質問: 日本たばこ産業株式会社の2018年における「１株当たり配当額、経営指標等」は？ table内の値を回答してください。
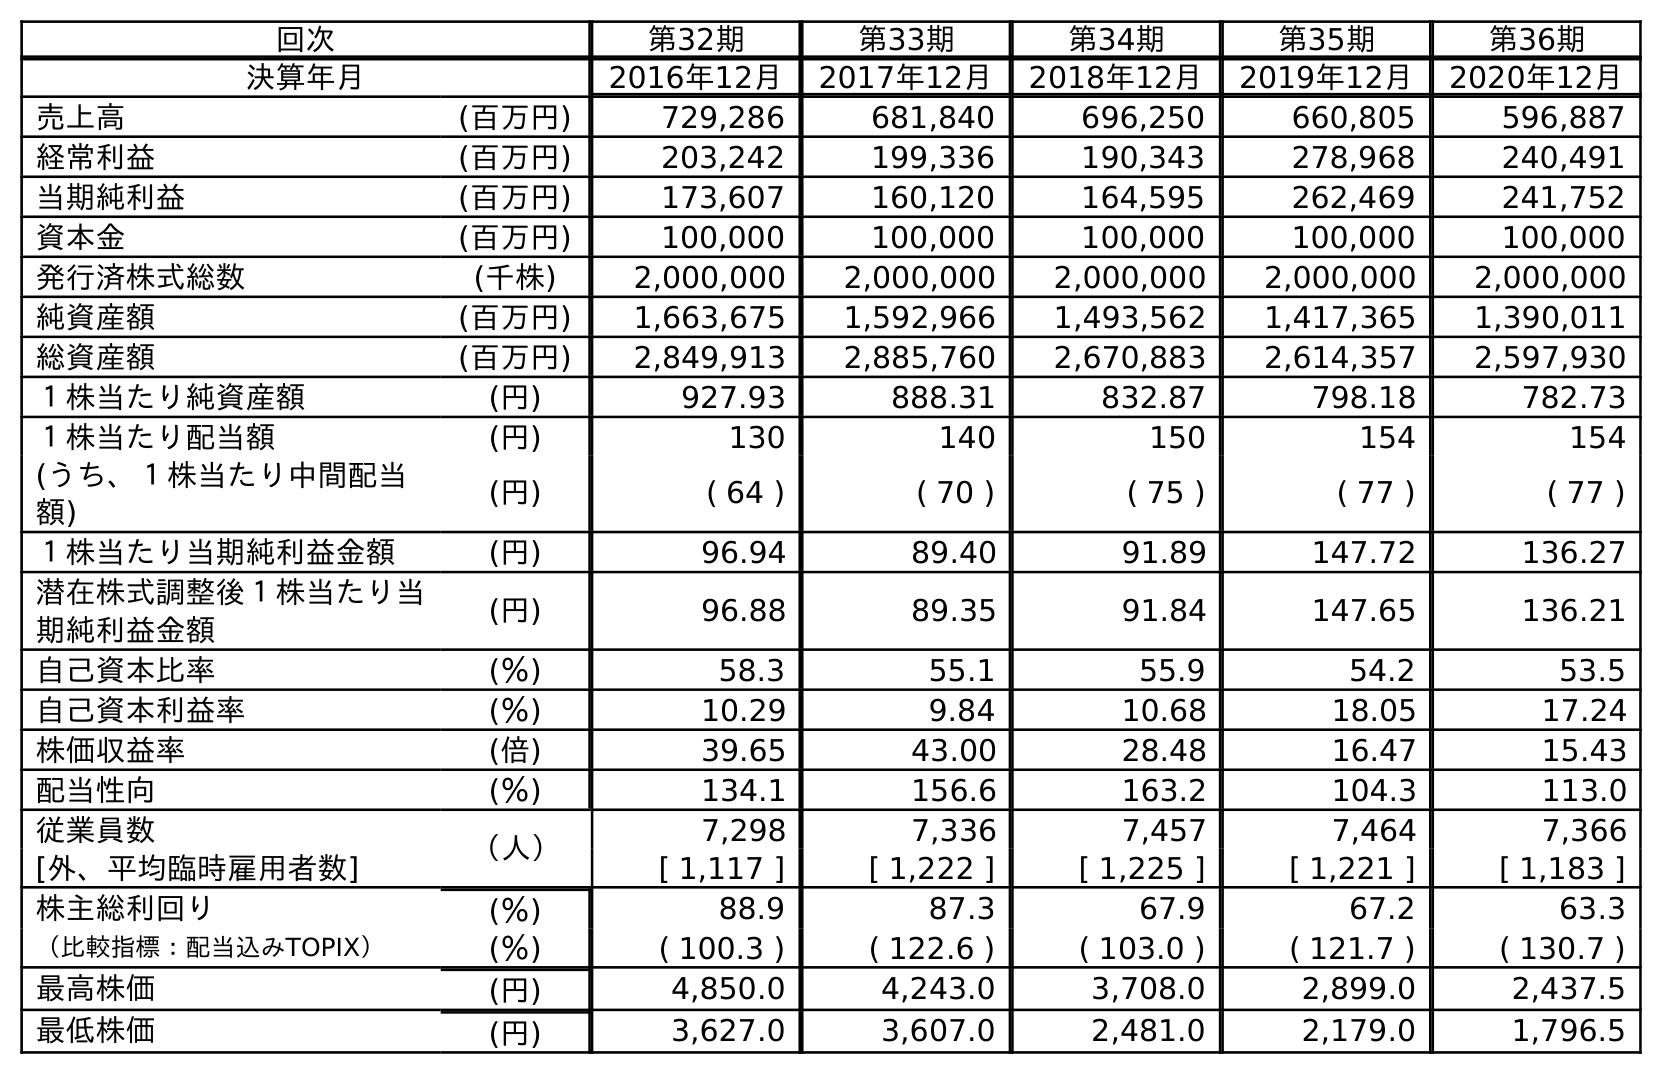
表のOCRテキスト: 回次 第32期 第33期 第34期 第35期 第36期 決算年月 2016年12月 2017年12月 2018年12月 2019年12月 2020年12月 売上高 (百万円) 729,286 681,840 696,250 660,805 596,887 経常利益 (百万円) 203,242 199,336 190,343 278,968 240,491 当期純利益 (百万円) 173,607 160,120 164,595 262,469 241,752 資本金 (百万円) 100,000 100,000 100,000 100,000 100,000 発行済株式総数 (千株) 2,000,000 2,000,000 2,000,000 2,000,000 2,000,000 純資産額 (百万円) 1,663,675 1,592,966 1,493,562 1,417,365 1,390,011 総資産額 (百万円) 2,849,913 2,885,760 2,670,883 2,614,357 2,597,930 １株当たり純資産額 (円) 927.93 888.31 832.87 798.18 782.73 １株当たり配当額 (円) 130 140 150 154 154 (うち、１株当たり中間配当 額) (円) ( 64 ) ( 70 ) ( 75 ) ( 77 ) ( 77 ) １株当たり当期純利益金額 (円) 96.94 89.40 91.89 147.72 136.27 潜在株式調整後１株当たり当 期純利益金額 (円) 96.88 89.35 91.84 147.65 136.21 自己資本比率 (％) 58.3 55.1 55.9 54.2 53.5 自己資本利益率 (％) 10.29 9.84 10.68 18.05 17.24 株価収益率 (倍) 39.65 43.00 28.48 16.47 15.43 配当性向 (％) 134.1 156.6 163.2 104.3 113.0 従業員数 （人） 7,298 7,336 7,457 7,464 7,366 [外、平均臨時雇用者数] [ 1,117 ] [ 1,222 ] [ 1,225 ] [ 1,221 ] [ 1,183 ] 株主総利回り (％) 88.9 87.3 67.9 67.2 63.3 （比較指標：配当込みTOPIX） (％) ( 100.3 ) ( 122.6 ) ( 103.0 ) ( 121.7 ) ( 130.7 ) 最高株価 (円) 4,850.0 4,243.0 3,708.0 2,899.0 2,437.5 最低株価 (円) 3,627.0 3,607.0 2,481.0 2,179.0 1,796.5
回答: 150